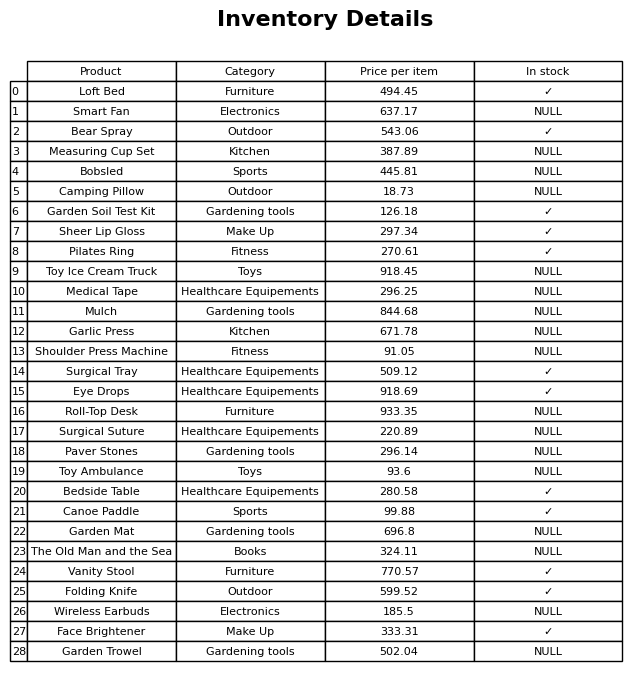
question: What is the price for Bobsled?
answer: The price of Bobsled is 445.81.